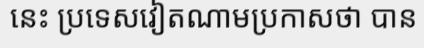
នេះ ប្រទេសវៀតណាមប្រកាសថា បាន